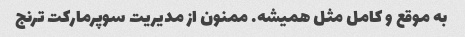
به موقع و کامل مثل همیشه. ممنون از مدیریت سوپرمارکت ترنج